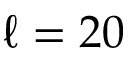
\ell = 2 0